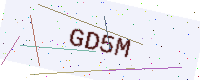
Text: GD5M